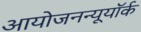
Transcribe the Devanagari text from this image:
आयोजनन्यूयॉर्क